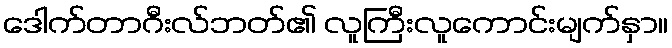
ဒေါက်တာဂီးလ်ဘတ်၏ လူကြီးလူကောင်းမျက်နှာ။